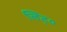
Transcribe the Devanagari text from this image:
लिट्०